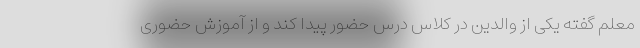
معلم گفته یکی از والدین در کلاس درس حضور پیدا کند و از آموزش حضوری